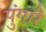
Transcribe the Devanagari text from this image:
पुंगारै